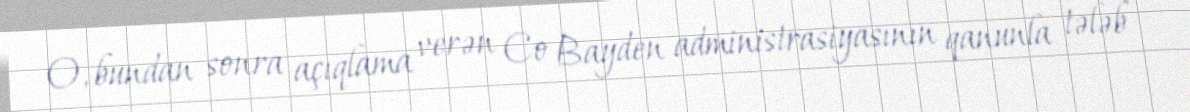
O, bundan sonra açıqlama verən Co Bayden administrasiyasının qanunla tələb